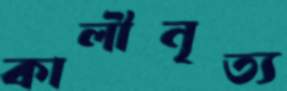
কালীনৃত্য